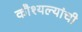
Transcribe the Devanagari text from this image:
कौश्यल्यांची